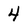
Character: 4